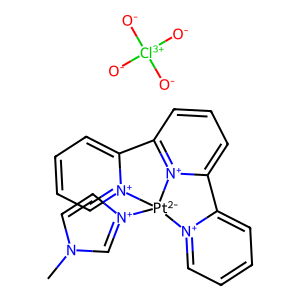
SMILES: Cn1cc[n+]([Pt-2]23[n+]4ccccc4-c4cccc([n+]42)-c2cccc[n+]23)c1.[O-][Cl+3]([O-])([O-])[O-]
Inhibits HIV replication: No